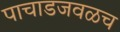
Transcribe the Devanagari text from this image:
पाचाडजवळच